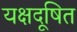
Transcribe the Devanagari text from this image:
यक्षदूषित